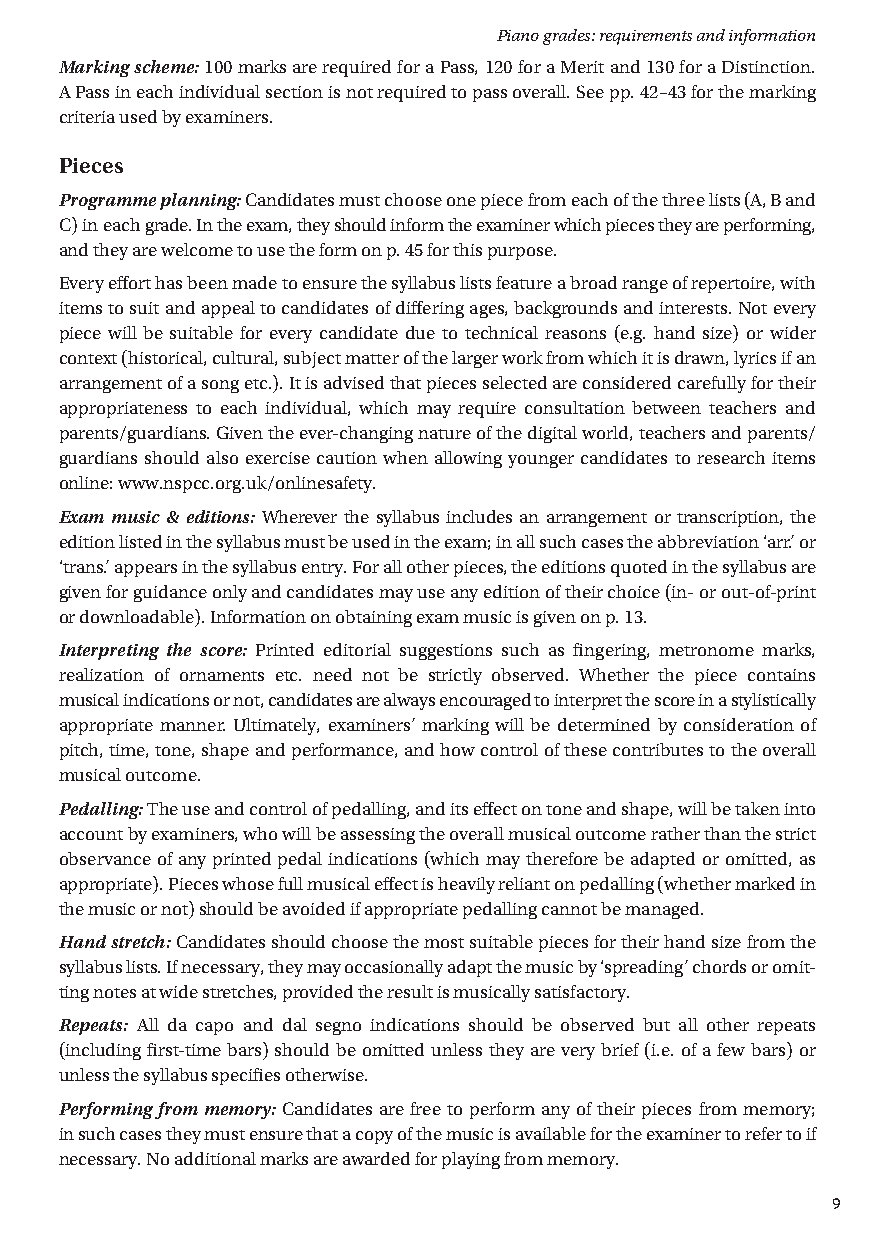
Piano grades: requirements and information
 Marking scheme: 100 marks are required for a Pass, 120 for a Merit and 130 for a Distinction.
 A Pass in each individual section is not required to pass overall. See pp. 42–43 for the marking
 criteria used by examiners.
 Pieces
 Programme planning: Candidates must choose one piece from each of the three lists (A, B and
 C) in each grade. In the exam, they should inform the examiner which pieces they are performing,
 and they are welcome to use the form on p. 45 for this purpose.
 Every effort has been made to ensure the syllabus lists feature a broad range of repertoire, with
 items to suit and appeal to candidates of differing ages, backgrounds and interests. Not every
 piece will be suitable for every candidate due to technical reasons (e.g. hand size) or wider
 context (historical, cultural, subject matter of the larger work from which it is drawn, lyrics if an
 arrangement of a song etc.). It is advised that pieces selected are considered carefully for their
 appropriateness to each individual, which may require consultation between teachers and
 parents/guardians. Given the ever-changing nature of the digital world, teachers and parents/
 guardians should also exercise caution when allowing younger candidates to research items
 online: www.nspcc.org.uk/onlinesafety.
 Exam music & editions: Wherever the syllabus includes an arrangement or transcription, the
 edition listed in the syllabus must be used in the exam; in all such cases the abbreviation ‘arr.’ or
 ‘trans.’ appears in the syllabus entry. For all other pieces, the editions quoted in the syllabus are
 given for guidance only and candidates may use any edition of their choice (in- or out-of-print
 or downloadable). Information on obtaining exam music is given on p. 13.
 Interpreting the score: Printed editorial suggestions such as fingering, metronome marks,
 realization of ornaments etc. need not be strictly observed. Whether the piece contains
 musical indications or not, candidates are always encouraged to interpret the score in a stylistically
 appropriate manner. Ultimately, examiners’ marking will be determined by consideration of
 pitch, time, tone, shape and performance, and how control of these contributes to the overall
 musical outcome.
 Pedalling: T he use and control of pedalling, and its effect on tone and shape, will be taken into
 account by examiners, who will be assessing the overall musical outcome rather than the strict
 observance of any printed pedal indications (which may therefore be adapted or omitted, as
 appropriate). Pieces whose full musical effect is heavily reliant on pedalling (whether marked in
 the music or not) should be avoided if appropriate pedalling cannot be managed.
 Hand stretch: Candidates should choose the most suitable pieces for their hand size from the
 syllabus lists. If necessary, they may occasionally adapt the music by ‘spreading’ chords or omit-
 ting notes at wide stretches, provided the result is musically satisfactory.
 Repeats: All da capo and dal segno indications should be observed but all other repeats
 (including first-time bars) should be omitted unless they are very brief (i.e. of a few bars) or
 unless the syllabus specifies otherwise.
 Performing from memory: Candidates are free to perform any of their pieces from memory;
 in such cases they must ensure that a copy of the music is available for the examiner to refer to if
 necessary. No additional marks are awarded for playing from memory.
 9